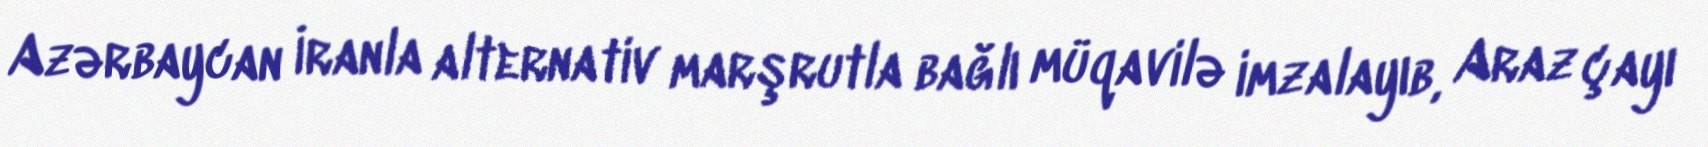
Azərbaycan İranla alternativ marşrutla bağlı müqavilə imzalayıb, Araz çayı